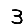
Digit: 3